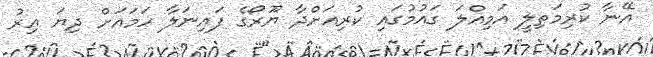
އޭނާ ކުރިމަތިލީ އަމިއްލަ ގައުމުގައި ކުރިއަށްދާ ޔޫރޯގެ ފައިނަލާ ހަމައަށް ދިޔަ އިރު